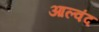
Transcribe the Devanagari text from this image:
आल्वंद